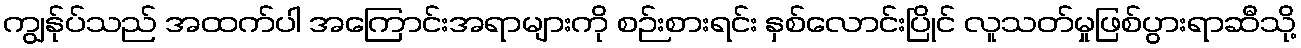
ကျွန်ုပ်သည် အထက်ပါ အကြောင်းအရာများကို စဉ်းစားရင်း နှစ်လောင်းပြိုင် လူသတ်မှုဖြစ်ပွားရာဆီသို့